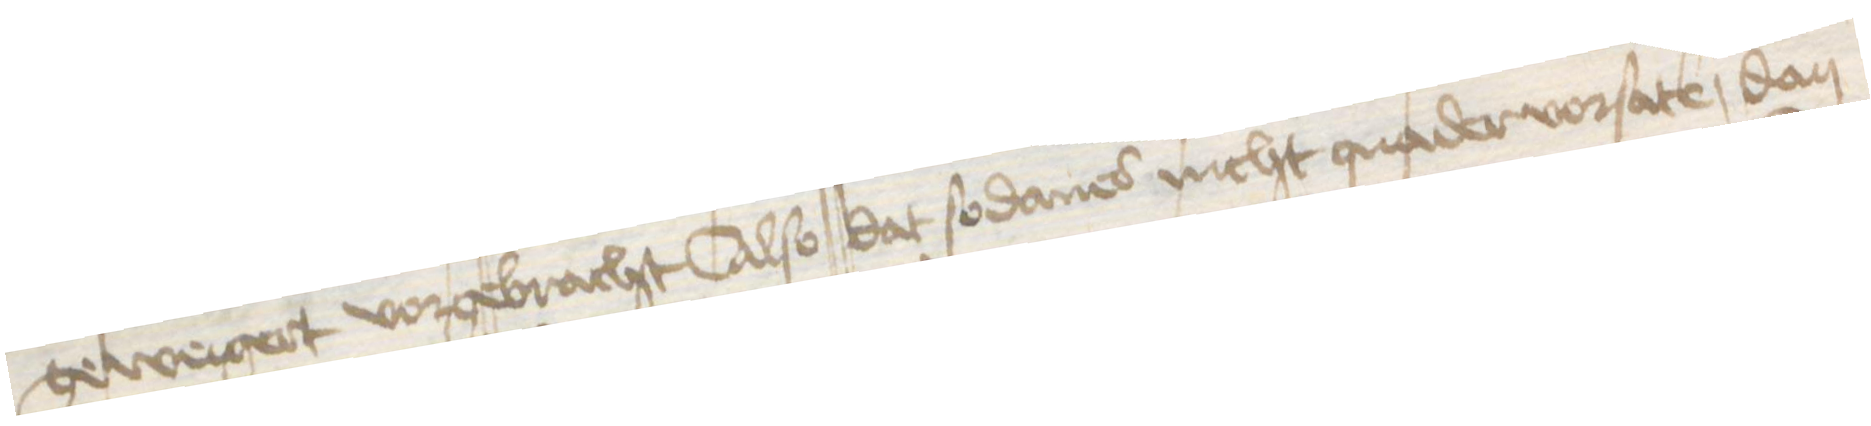
geweigert vorgebracht Also dat sodanes nicht quader vorsate, dan